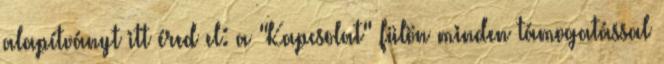
alapítványt itt éred el: a "Kapcsolat" fülön minden támogatással